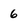
Character: 6